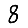
Digit: 8